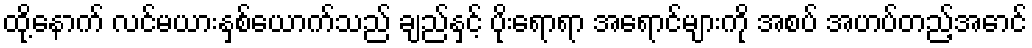
ထို့နောက် လင်မယားနှစ်ယောက်သည် ချည်နှင့် ပိုးရောရာ အရောင်များကို အစပ် အဟပ်တည့်အောင်